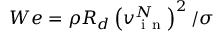
W e = \rho R _ { d } \left( v _ { \mathrm { ~ i ~ n ~ } } ^ { N } \right) ^ { 2 } / \sigma